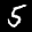
Label: 5